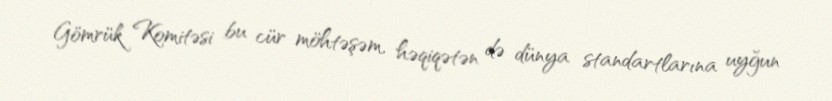
Gömrük Komitəsi bu cür möhtəşəm, həqiqətən də dünya standartlarına uyğun